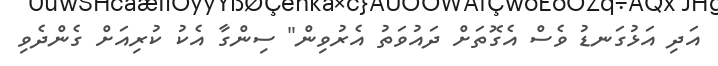
އަދި އަޅުގަނޑު ވެސް އެގޮތަށް ދައުވަތު އެރުވިން" ސިންގާ އެކު ކުރިއަށް ގެންދެވި